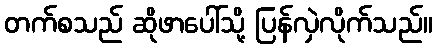
တက်စသည် ဆိုဖာပေါ်သို့ ပြန်လှဲလိုက်သည်။